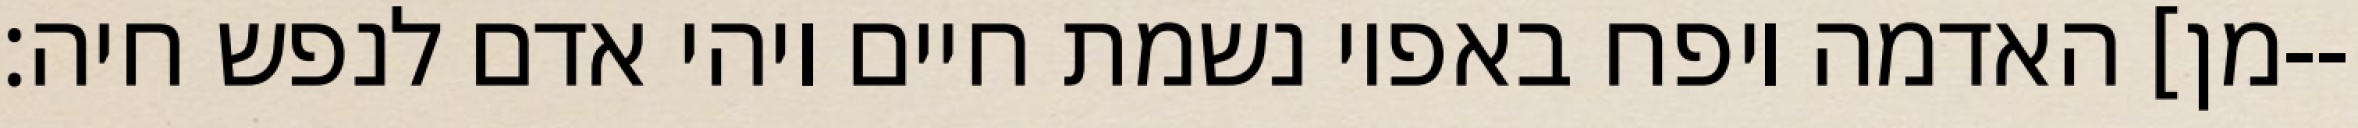
מן] האדמה ויפח באפיו נשמת חיים ויהי אדם לנפש חיה׃--